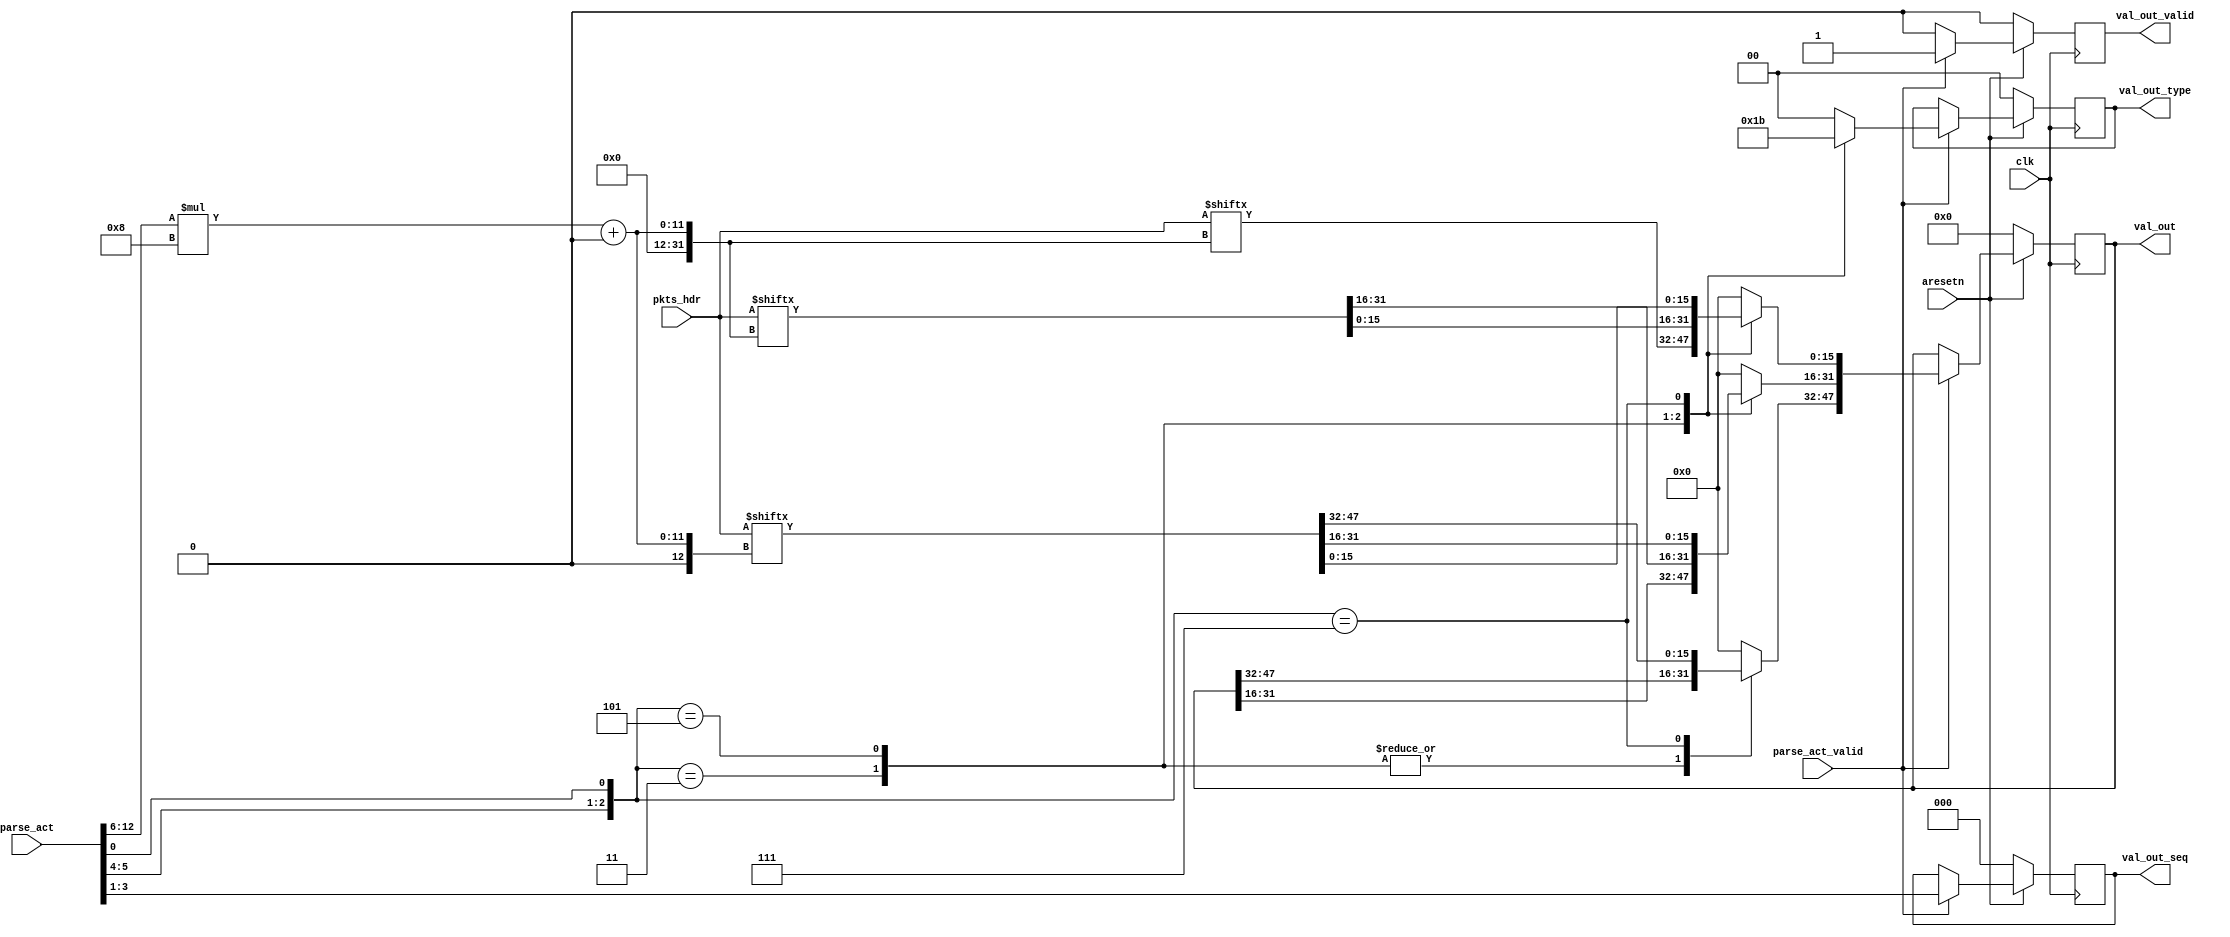
`timescale 1ns / 1ps



module sub_parser #(
	parameter PKTS_HDR_LEN = 1024,
	parameter PARSE_ACT_LEN = 16,
	parameter VAL_OUT_LEN = 48
)
(
	input				clk,
	input				aresetn,

	input						parse_act_valid,
	input [PARSE_ACT_LEN-1:0]	parse_act,

	input [PKTS_HDR_LEN-1:0]	pkts_hdr,

	output reg					val_out_valid,
	output reg [VAL_OUT_LEN-1:0]	val_out,
	output reg [1:0]			val_out_type,
	output reg [2:0]			val_out_seq
);


reg [VAL_OUT_LEN-1:0]		val_out_nxt;
reg							val_out_valid_nxt;
reg [1:0]					val_out_type_nxt;
reg [2:0]					val_out_seq_nxt;

always @(*) begin
	val_out_valid_nxt = 0;
	val_out_nxt = val_out;
	val_out_type_nxt = val_out_type;
	val_out_seq_nxt = val_out_seq;

	if (parse_act_valid) begin
		val_out_valid_nxt = 1;
		val_out_seq_nxt = parse_act[3:1];
		
		case({parse_act[5:4], parse_act[0]})
			// 2B
			3'b011: begin
				val_out_type_nxt = 2'b01;
				val_out_nxt[15:0] = pkts_hdr[(parse_act[12:6])*8 +: 16];
			end
			// 4B
			3'b101: begin
				val_out_type_nxt = 2'b10;
				val_out_nxt[31:0] = pkts_hdr[(parse_act[12:6])*8 +: 32];
			end
			// 6B
			3'b111: begin
				val_out_type_nxt = 2'b11;
				val_out_nxt[47:0] = pkts_hdr[(parse_act[12:6])*8 +: 48];
			end
			default: begin
				val_out_type_nxt = 0;
				val_out_nxt = 0;
			end
		endcase
	end
end

always @(posedge clk) begin
	if (~aresetn) begin
		val_out_valid <= 0;
		val_out <= 0;
		val_out_type <= 0;
		val_out_seq <= 0;
	end
	else begin
		val_out_valid <= val_out_valid_nxt;
		val_out <= val_out_nxt;
		val_out_type <= val_out_type_nxt;
		val_out_seq <= val_out_seq_nxt;
	end
end


endmodule